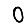
Digit: 0